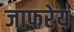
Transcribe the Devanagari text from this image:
जाफरेय